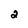
Character: 2